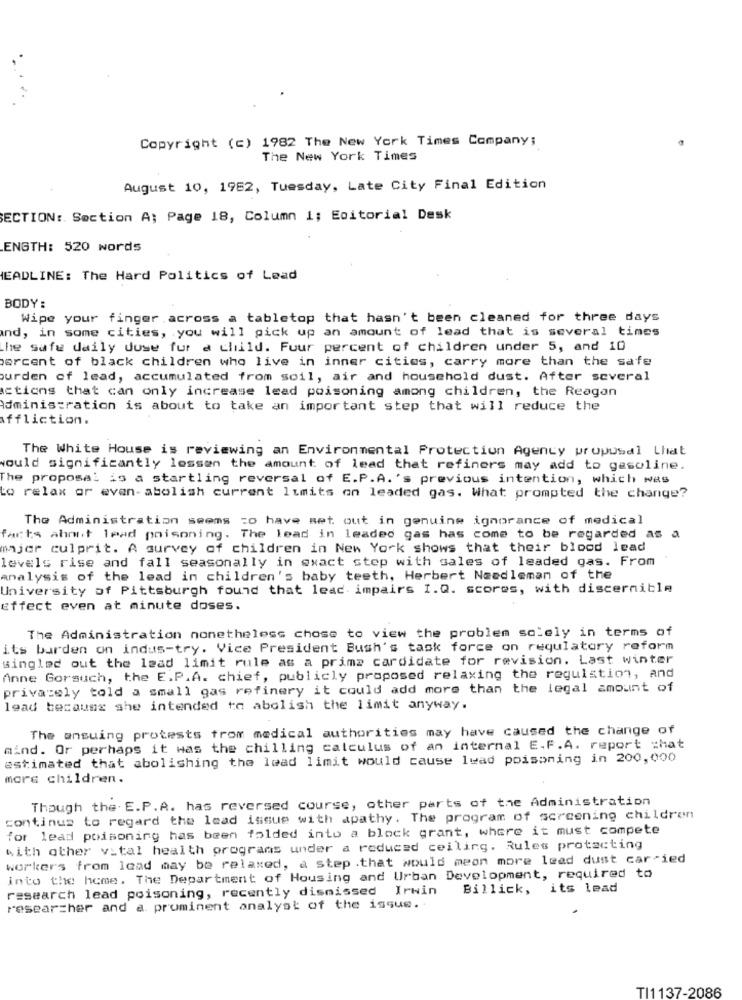
Copyright (c) 1982 The New York Times Company;
The New York Times
August 10, 1962, Tuesday, Late City Final Edition
SECTION :. Section A; Page 18, Column 1; Editorial Desk
ENGTH: 520 words
HEADLINE: The Hard Politics of Lead
BODY :
Wipe your finger across a tabletop that hasn't been cleaned for three days
and, in some cities, you will pick up an amount of lead that is several times
the safe daily duse fur a child. Four percent of children under 5, and 10
percent of black children who live in inner cities, carry more than the safe
burden of lead, accumulated from soil, air and household dust. After several
actions that can only increase lead poisoning among children, the Reagan
Administration is about to take an important step that will reduce the
affliction.
The White House is reviewing an Environmental Protection Agency propusel Lhat
would significantly lessen the amount of lead that refiners may add to gasoline.
The proposal is a startling reversal of E.P.A.'s previous intention, which was
to relax or even-abolish current limits on leaded gas. What prompted the change?
The Administration seems to have set out in genuine ignorance of medical
facts ahnt lead poisoning. The lead in leaded gas has come to be regarded as a
majer culprit. A survey of children in New York shows that their blood lead
levels rise and fall seasonally in exact step with sales of leaded gas. From
analysis of the lead in children's baby teeth, Herbert Needleman of the
University of Pittsburgh found that leac. impairs I.Q. scores, with discernible
effect even at minute doses.
The Administration nonetheless chose to view the problem solely in terms of
its burden on indus-try. Vice President Bush's task force on regulatory reform
singled out the lead limit rule as a prima cardidate for revision. Last winter
Anne Gorsuch, the E.P.A. chief, publicly proposed relaxing the regulation, and
privately told a small gas refinery it could add more than the legal amount of
lead because she intended to abolish the limit anyway.
The ensuing protests from medical authorities may have caused the change of
mind. Or perhaps it was the chilling calculus of an internal E.F.A. report :hat
estimated that abolishing the lead limit would cause lead poisoning in 200,000
more children.
Though the. E.P. A. has reversed course, other parts of the Administration
continue to regard the lead issue with apathy. The program of screening children
for lead poisoning has been folded into a block grant, where it must compete
with other vital health programs under a reduced ceiling. Rules protecting
workers from lead may be relaxed, a step .that would mean more lead dust carried
into the home. The Department of Housing and Urban Development, required to
research lead poisoning, recently dismissed Irwin
Billick, its lead
researcher and a prominent analyst of the issue ..
TI1137-2086